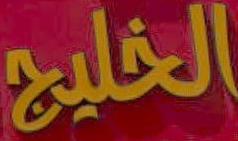
الخليج